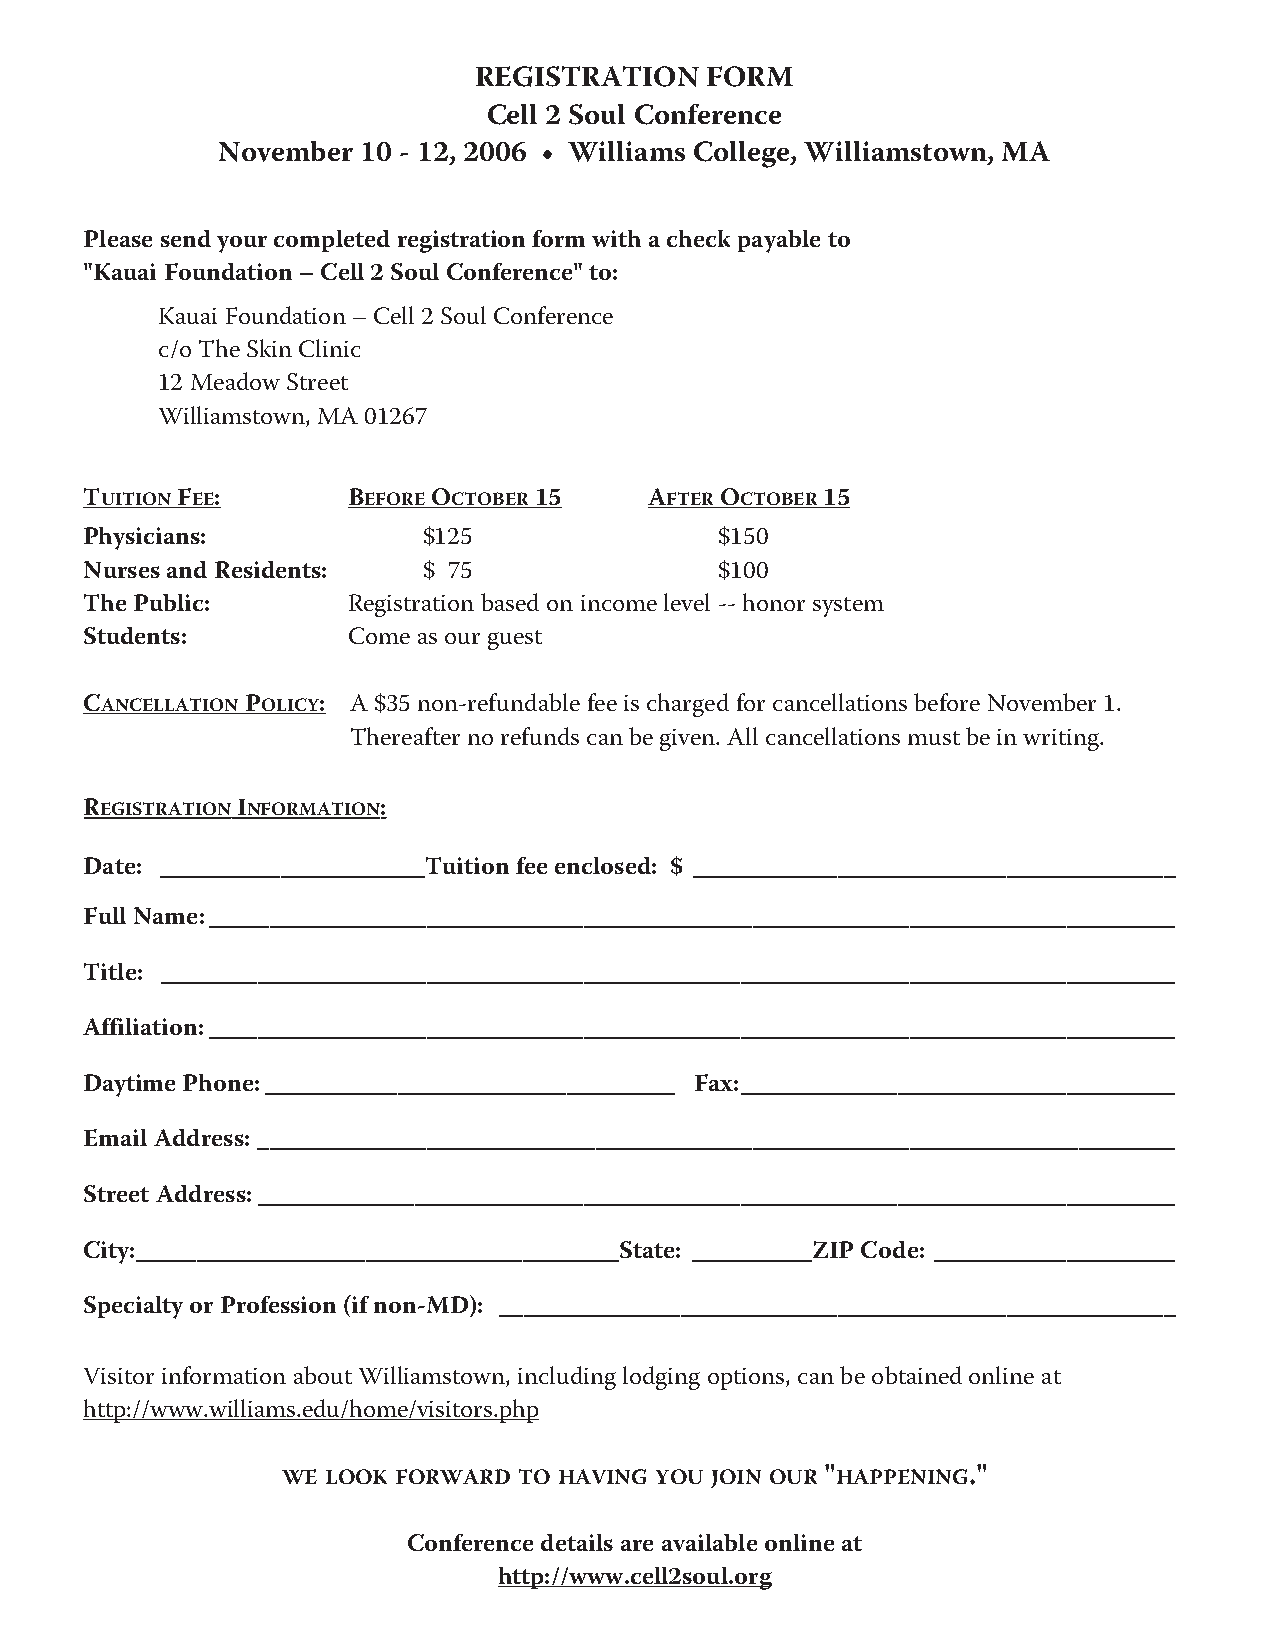
REGISTRATION    FORM
 Cell 2 Soul Conference
 November  10 - 12, 2006 • Williams College, Williamstown, MA
 Please send your completed registration form with a check payable to
 "Kauai Foundation – Cell 2 Soul Conference" to:
 Kauai Foundation – Cell 2 Soul Conference
 c/o The Skin Clinic
 12 Meadow Street
 Williamstown, MA 01267
 TUITIONFEE:      BEFOREOCTOBER15     AFTEROCTOBER15
 Physicians:           $125                $150
 Nurses and Residents: $ 75                $100
 The Public:      Registration based on income level -- honor system
 Students:        Come as our guest
 CANCELLATIONPOLICY: A $35 non-refundable fee is charged for cancellations before November 1.
 Thereafter no refunds can be given. All cancellations must be in writing.
 REGISTRATIONINFORMATION:
 Date: ______________________Tuition fee enclosed: $ ________________________________________
 Full Name:________________________________________________________________________________
 Title: ____________________________________________________________________________________
 Affiliation:________________________________________________________________________________
 Daytime Phone:__________________________________ Fax:____________________________________
 Email Address: ____________________________________________________________________________
 Street Address:____________________________________________________________________________
 City:________________________________________State: __________ZIP Code: ____________________
 Specialty or Profession (if non-MD): ________________________________________________________
 Visitor information about Williamstown, including lodging options, can be obtained online at
 http://www.williams.edu/home/visitors.php
 WE LOOK FORWARD TO HAVING YOU JOIN OUR "HAPPENING."
 Conference details are available online at
 http://www.cell2soul.org